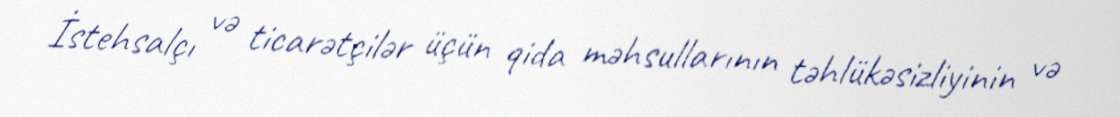
İstehsalçı və ticarətçilər üçün qida məhsullarının təhlükəsizliyinin və